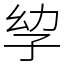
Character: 孧